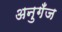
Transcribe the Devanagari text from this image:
अनुगँज